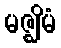
မဇ္ဈိမံ